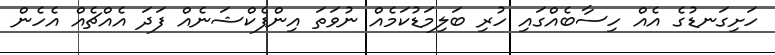
ހަށިގަނޑުގެ އެއް ހިސާބެއްގައި ހުރި ބަލިމަޑުކަމެއް ނުވަތަ އިންފެކްޝަނެއް ފަދަ އެއްޗެއް އެހެން